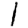
Digit: 1